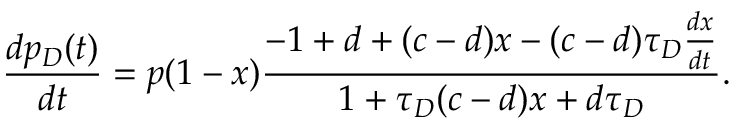
\frac { d p _ { D } ( t ) } { d t } = p ( 1 - x ) \frac { - 1 + d + ( c - d ) x - ( c - d ) \tau _ { D } \frac { d x } { d t } } { 1 + \tau _ { D } ( c - d ) x + d \tau _ { D } } .